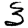
Digit: 3